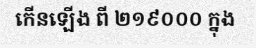
កើនឡើង ពី ២១៩០០០ ក្នុង